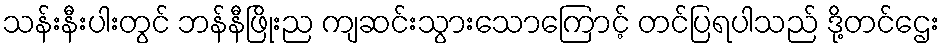
သန်းနီးပါးတွင် ဘန်နီဖြိုးည ကျဆင်းသွားသောကြောင့် တင်ပြရပါသည် ဒို့တင်ဌေး